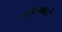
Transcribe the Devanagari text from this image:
लवणाचे